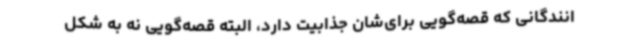
انندگانی که قصه‌گویی برای‌شان جذابیت دارد، البته قصه‌گویی نه به شکل